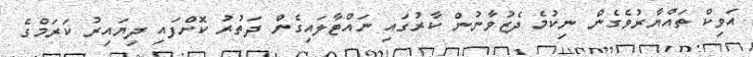
އަވިކް ތައްޔާރުވެގެން ނިކުމެ ދެޒުވާނުން ކާރުގައި ނައްޓާލައިގެން ދަތުރު ކޮށްފައި ދިޔައިރު ކަރަމްގެ